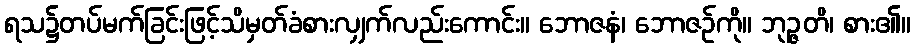
ရသ၌တပ်မက်ခြင်းဖြင့်သိမှတ်ခံစားလျှက်လည်းကောင်း။ ဘောဇနံ၊ ဘောဇဉ်ကို။ ဘုဉ္ဇတိ၊ စား၏။